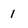
Character: 1